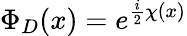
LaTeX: \Phi_{D}(x)=e^{{\frac{i}{2}}\chi(x)}